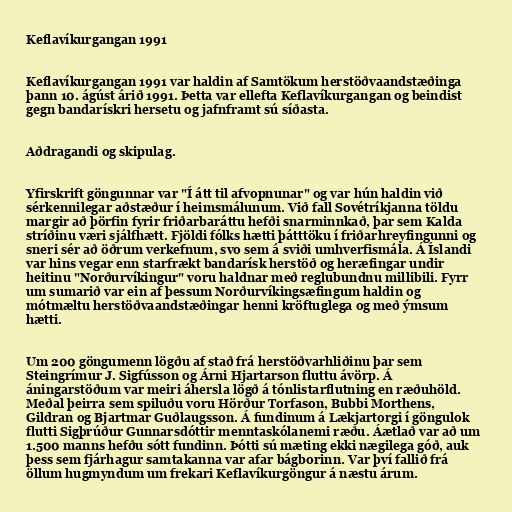
Keflavíkurgangan 1991

Keflavíkurgangan 1991 var haldin af Samtökum herstöðvaandstæðinga
þann 10. ágúst árið 1991. Þetta var ellefta Keflavíkurgangan og beindist
gegn bandarískri hersetu og jafnframt sú síðasta.

Aðdragandi og skipulag.

Yfirskrift göngunnar var "Í átt til afvopnunar" og var hún haldin við
sérkennilegar aðstæður í heimsmálunum. Við fall Sovétríkjanna töldu
margir að þörfin fyrir friðarbaráttu hefði snarminnkað, þar sem Kalda
stríðinu væri sjálfhætt. Fjöldi fólks hætti þátttöku í friðarhreyfingunni og
sneri sér að öðrum verkefnum, svo sem á sviði umhverfismála. Á Íslandi
var hins vegar enn starfrækt bandarísk herstöð og heræfingar undir
heitinu "Norðurvíkingur" voru haldnar með reglubundnu millibili. Fyrr
um sumarið var ein af þessum Norðurvíkingsæfingum haldin og
mótmæltu herstöðvaandstæðingar henni kröftuglega og með ýmsum
hætti.

Um 200 göngumenn lögðu af stað frá herstöðvarhliðinu þar sem
Steingrímur J. Sigfússon og Árni Hjartarson fluttu ávörp. Á
áningarstöðum var meiri áhersla lögð á tónlistarflutning en ræðuhöld.
Meðal þeirra sem spiluðu voru Hörður Torfason, Bubbi Morthens,
Gildran og Bjartmar Guðlaugsson. Á fundinum á Lækjartorgi í göngulok
flutti Sigþrúður Gunnarsdóttir menntaskólanemi ræðu. Áætlað var að um
1.500 manns hefðu sótt fundinn. Þótti sú mæting ekki nægilega góð, auk
þess sem fjárhagur samtakanna var afar bágborinn. Var því fallið frá
öllum hugmyndum um frekari Keflavíkurgöngur á næstu árum.